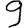
Digit: 9